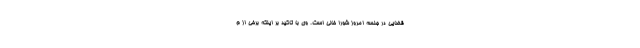
قضایی در جلسه امروز شورا خالی است. وی با تاکید بر اینکه برخی از م